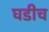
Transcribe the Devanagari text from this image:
घडीच